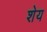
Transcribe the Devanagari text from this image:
शेय